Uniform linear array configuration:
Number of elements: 32
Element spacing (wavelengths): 0.25
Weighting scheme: exponential
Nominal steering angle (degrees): -30
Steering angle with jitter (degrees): -28.27
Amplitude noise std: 0.05
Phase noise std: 0.05

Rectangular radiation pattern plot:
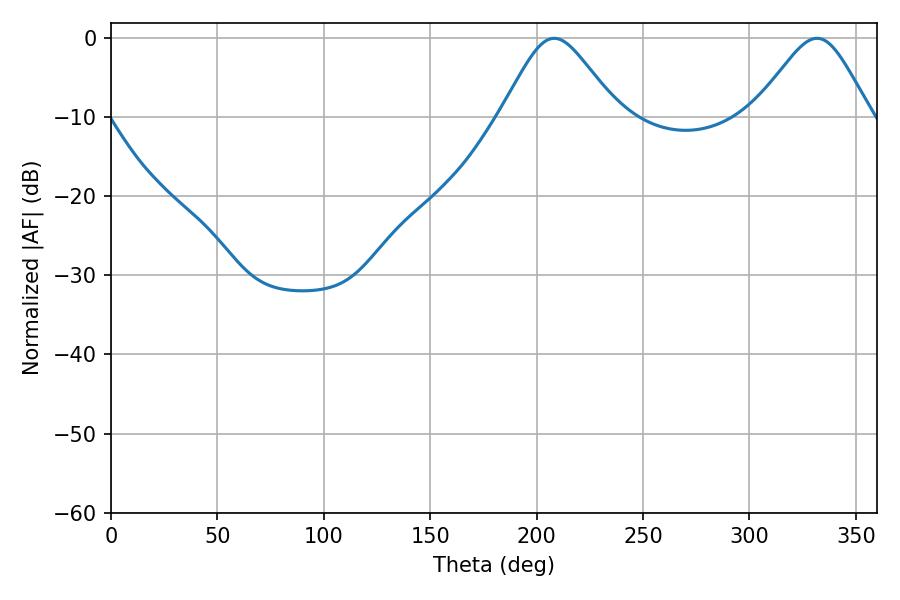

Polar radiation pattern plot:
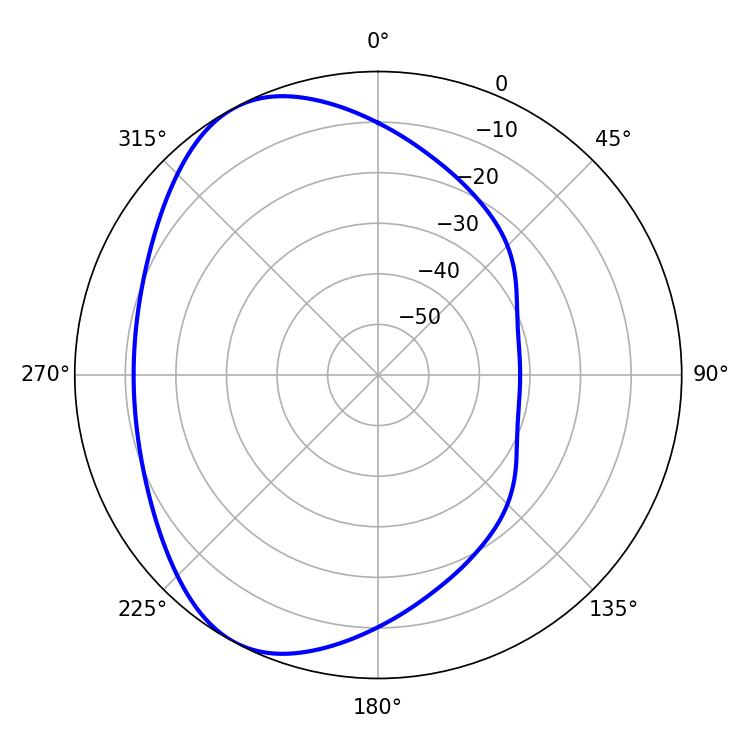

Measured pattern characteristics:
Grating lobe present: FALSE
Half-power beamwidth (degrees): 26.64
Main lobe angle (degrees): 208.26